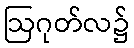
ဩဂုတ်လ၌